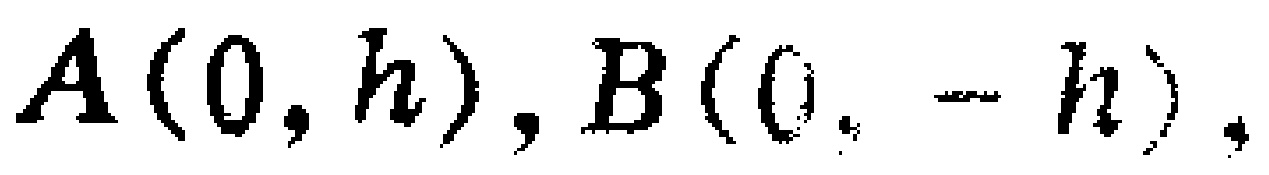
$A(0, h), B(0, -h),$